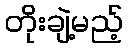
တိုးချဲ့မည့်